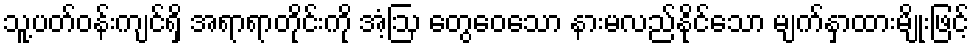
သူ့ပတ်ဝန်းကျင်ရှိ အရာရာတိုင်းကို အံ့ဩ တွေဝေသော နားမလည်နိုင်သော မျက်နှာထားမျိုးဖြင့်